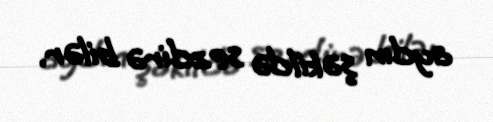
aydın şəkildə sezdirə bilər.